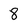
Character: 8